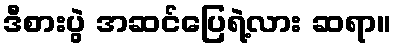
ဒီစားပွဲ အဆင်ပြေရဲ့လား ဆရာ။